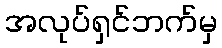
အလုပ်ရှင်ဘက်မှ